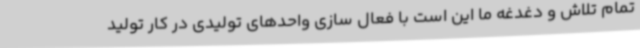
تمام تلاش و دغدغه ما این است با فعال سازی واحدهای تولیدی در کار تولید